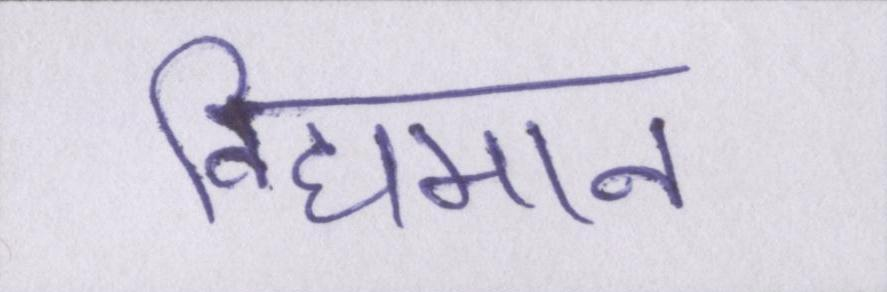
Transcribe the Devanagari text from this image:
विद्यमान